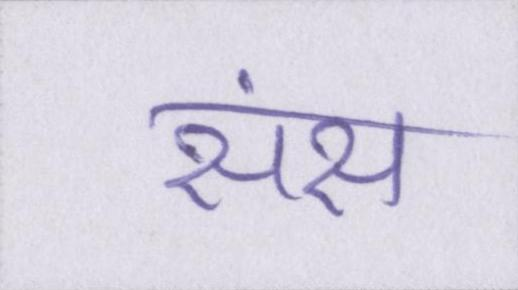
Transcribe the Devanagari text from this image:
संस